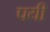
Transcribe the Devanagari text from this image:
पयी